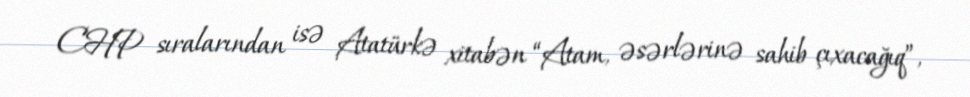
CHP sıralarından isə Atatürkə xitabən “Atam, əsərlərinə sahib çıxacağıq”,